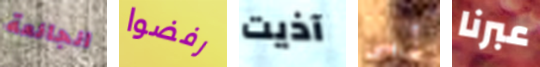
الجائعة رفضوا آذيت أبي عبرنا